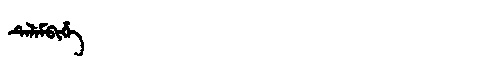
Manchu: ᡨᡝᠯᡝᠮᠪᡳᡥᡝ
Romanization: TELEMBIHE